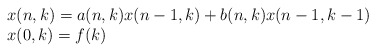
\begin{align*} \begin{array}{l} {x(n,k)=a(n,k)x(n-1,k)+b(n,k)x(n-1,k-1)} \\ {x(0,k)=f(k)} \end{array}\end{align*}